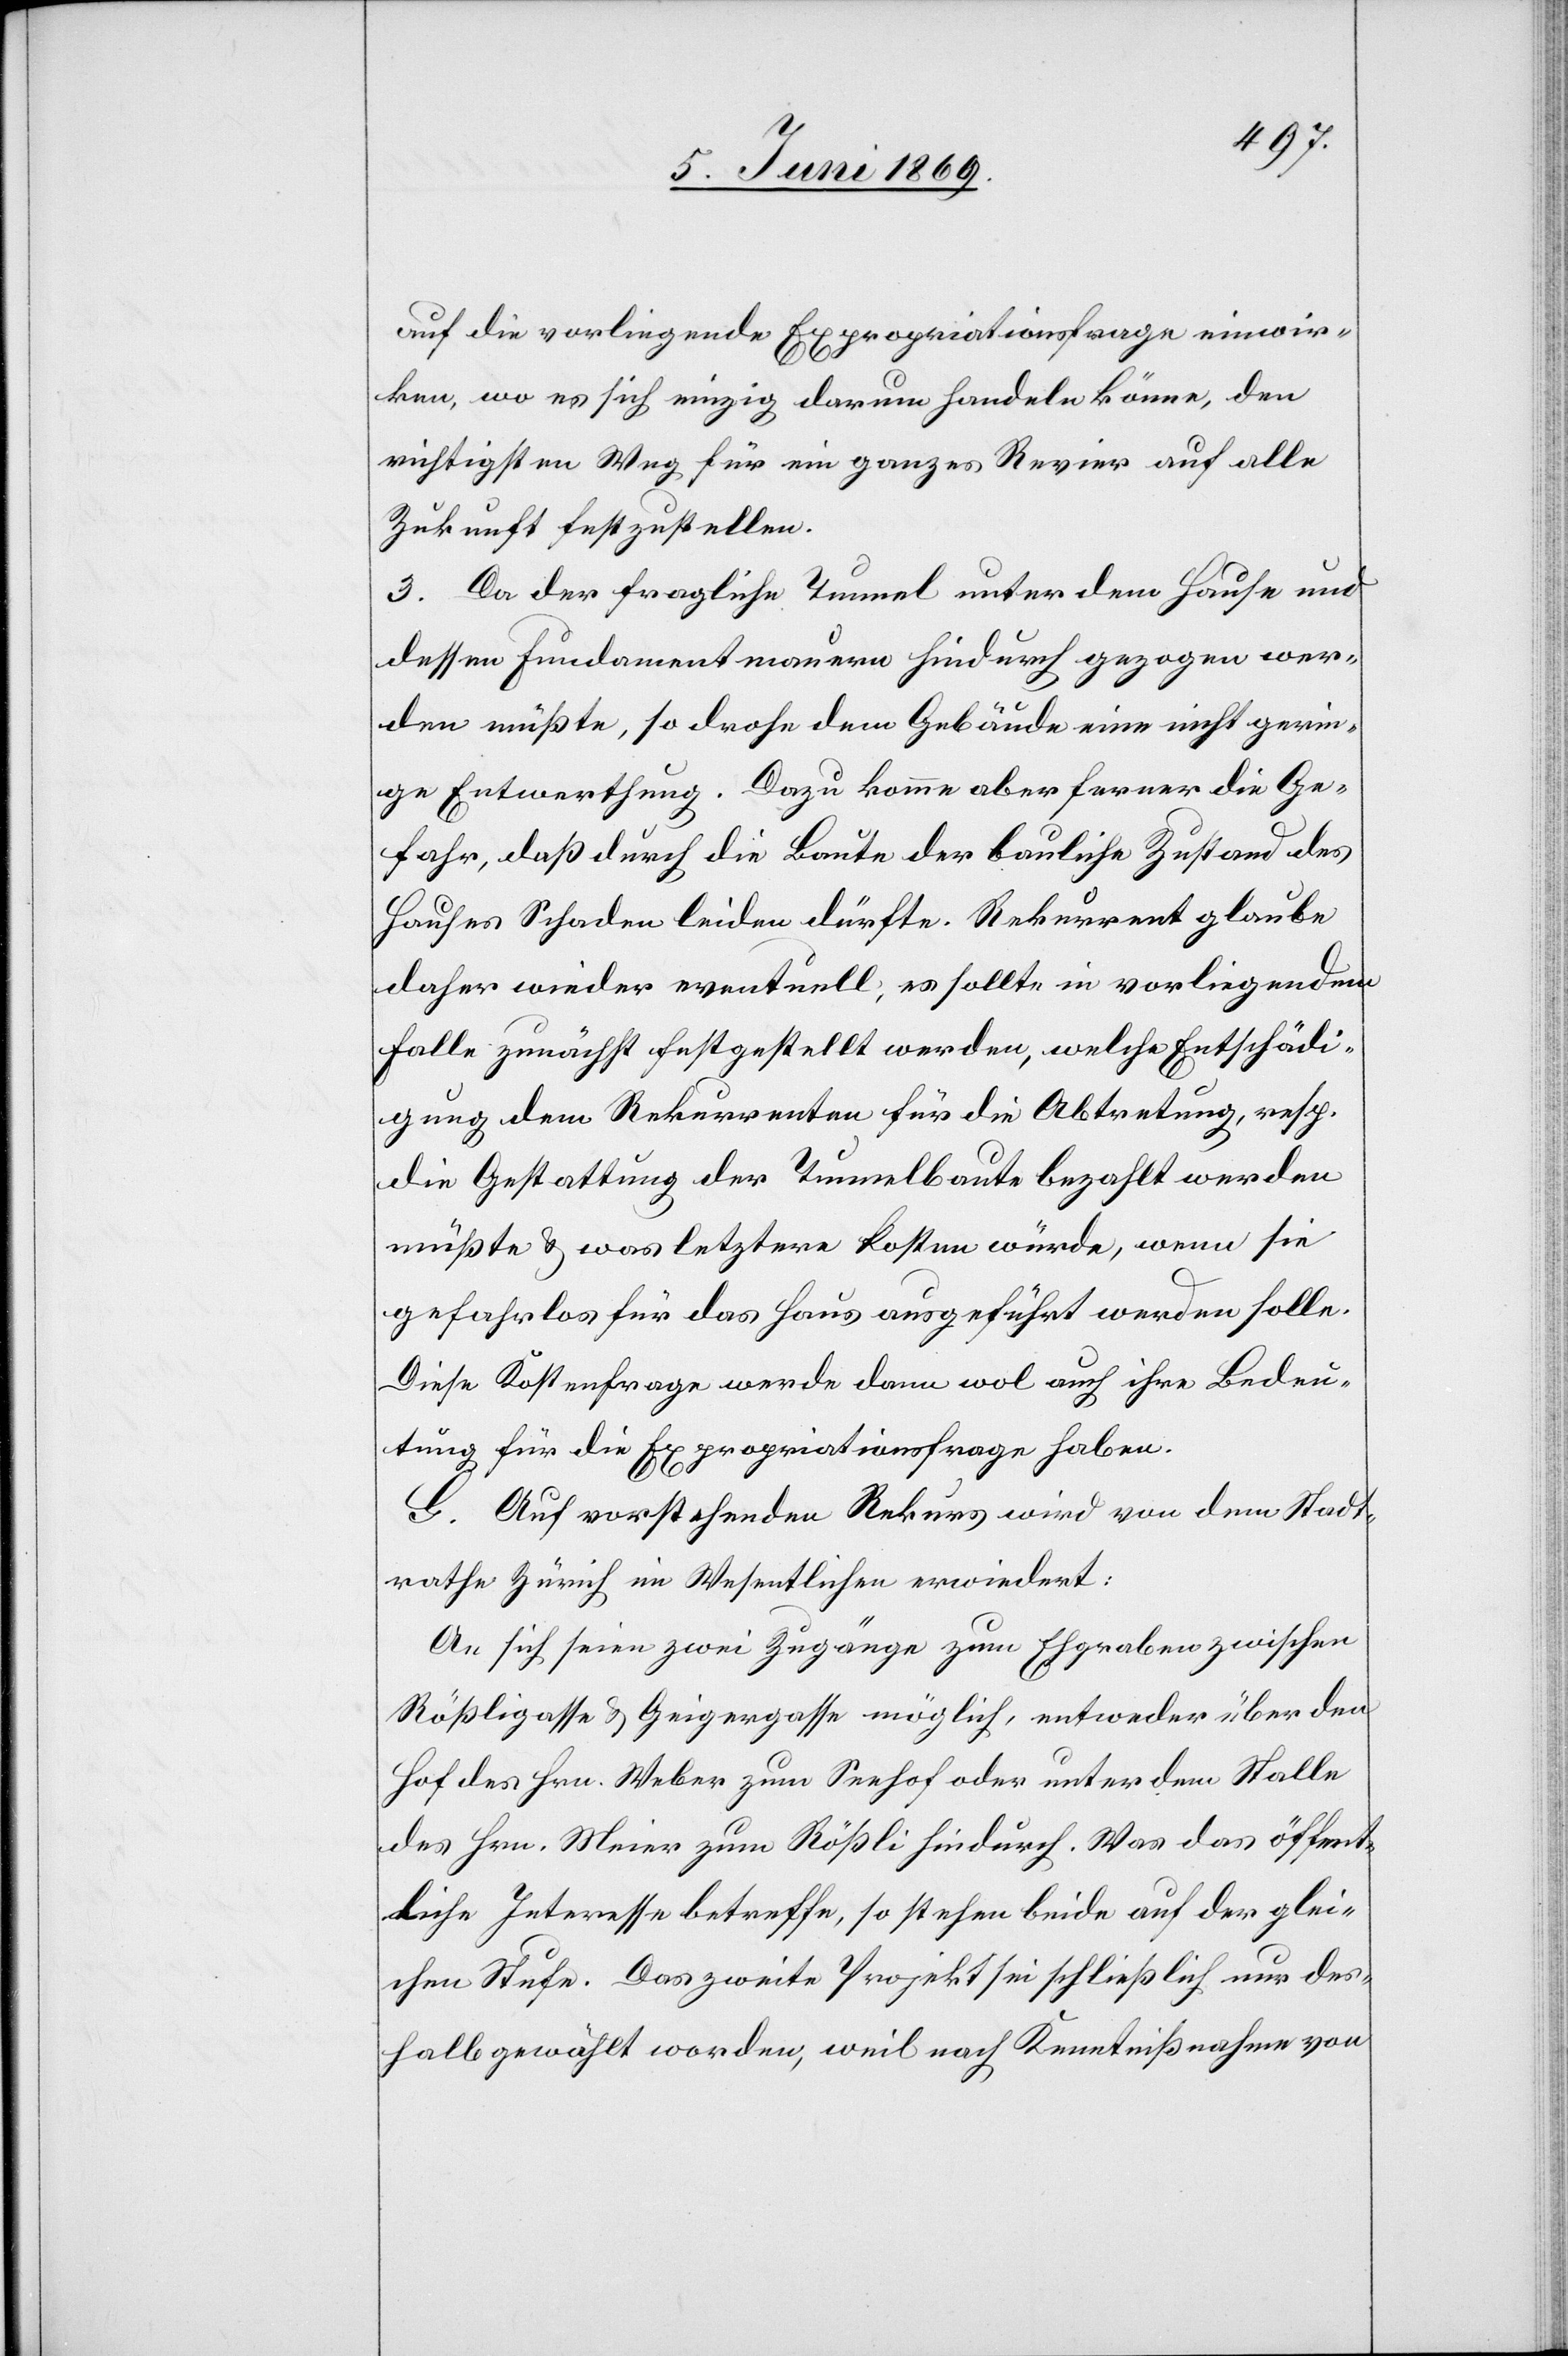
auf die vorliegende Expropriationsfrage einwir¬
ken, wo es sich einzig darum handeln könne, den
richtigsten Weg für ein ganzes Revier auf alle
Zukunft festzustellen.
3. Da der fragliche Tunnel unter dem Hause und
dessen Fundamentmauern hindurch gezogen wer¬
den müßte, so drohe dem Gebäude eine nicht gerin¬
ge Entwerthung. Dazu komme aber ferner die Ge¬
fahr, daß durch die Baute der bauliche Zustand des
Hauses Schaden leiden dürfte. Rekurrent glaube
daher wieder eventuell, es sollte in vorliegendem
Falle zunächst festgestellt werden, welche Entschädi¬
gung dem Rekurrenten für die Abtretung, resp.
die Gestattung der Tunnelbaute bezahlt werden
müßte u. was die letztere kosten würde, wenn sie
gefahrlos für das Haus ausgeführt werden solle.
Diese Kostenfrage werde dann wol auch ihre Bedeu¬
tung für die Expropriationsfrage haben.
G. Auf vorstehenden Rekurs wird von dem Stadt¬
rathe Zürich im Wesentlichen erwiedert:
An sich seien zwei Zugänge zum Ehgraben zwischen
Rößligasse u. Geigergasse möglich, entweder über den
Hof des Hrn. Weber zum Seehof oder unter dem Stalle
des Hrn. Meier zum Rößli hindurch. Was das öffent¬
liche Interesse betreffe, so stehen beide auf der glei¬
chen Stufe. Das zweite Projekt sei schließlich nur des¬
halb gewählt worden, weil nach Kenntnißnahme von